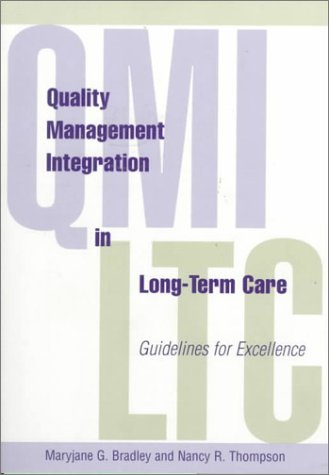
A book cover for Quality Management Integration in Long-Term Care: Guidelines for Excellence; Maryjane G. Bradley; Medical Books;